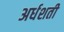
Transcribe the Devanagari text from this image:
अर्धशती